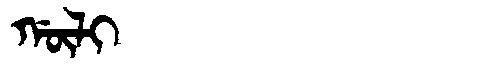
Manchu: ᡤᡡᠯᡳ
Romanization: GŪLI